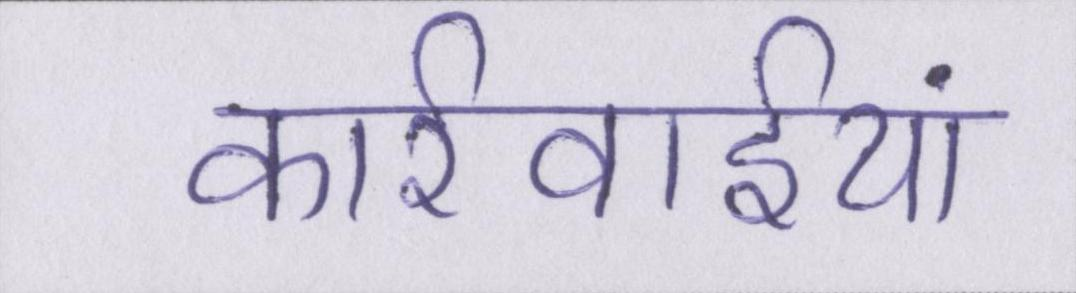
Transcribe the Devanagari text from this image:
कार्रवाईयां